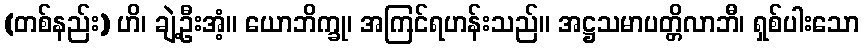
(တစ်နည်း) ဟိ၊ ချဲ့ဦးအံ့။ ယောဘိက္ခု၊ အကြင်ရဟန်းသည်။ အဋ္ဌသမာပတ္တိလာဘီ၊ ရှစ်ပါးသော